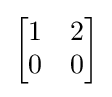
{\begin{bmatrix}1&2\\0&0\end{bmatrix}}